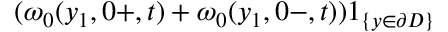
( \omega _ { 0 } ( y _ { 1 } , 0 + , t ) + \omega _ { 0 } ( y _ { 1 } , 0 - , t ) ) 1 _ { \{ y \in \partial D \} }